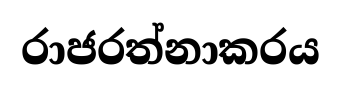
රාජරත්නාකරය